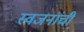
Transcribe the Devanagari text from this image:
स्वजनांची